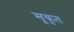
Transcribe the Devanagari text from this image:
सूकृत